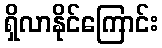
ရှိလာနိုင်ကြောင်း